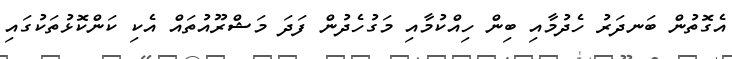
އެގޮތުން ބަނދަރު ހެދުމާއި ބިން ހިއްކުމާއި މަގުހެދުން ފަދަ މަޝްރޫއުތައް އެކި ކަންކޮޅުތަކުގައި